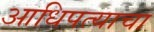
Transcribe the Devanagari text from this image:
आधिपत्याचा